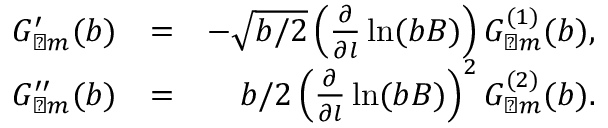
\begin{array} { r l r } { G _ { \perp m } ^ { \prime } ( b ) } & { = } & { - \sqrt { b / 2 } \left( \frac { \partial } { \partial l } \ln ( b B ) \right) G _ { \perp m } ^ { ( 1 ) } ( b ) , } \\ { G _ { \perp m } ^ { \prime \prime } ( b ) } & { = } & { b / 2 \left( \frac { \partial } { \partial l } \ln ( b B ) \right) ^ { 2 } G _ { \perp m } ^ { ( 2 ) } ( b ) . } \end{array}